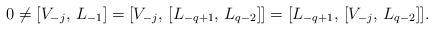
LaTeX: \begin{align*}0 \neq [V_{-j}, \, L_{-1}] = [V_{-j}, \, [L_{-q+1}, \,L_{q-2}]] = [L_{-q+1}, \, [V_{-j}, \,L_{q-2}]].\end{align*}